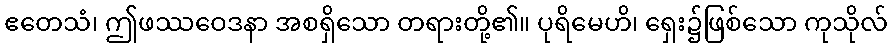
ဧတေသံ၊ ဤဖဿဝေဒနာ အစရှိသော တရားတို့၏။ ပုရိမေဟိ၊ ရှေး၌ဖြစ်သော ကုသိုလ်